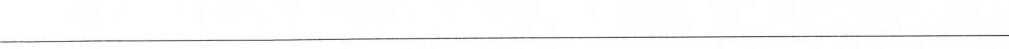
___